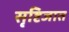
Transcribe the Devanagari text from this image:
सृष्टिजात